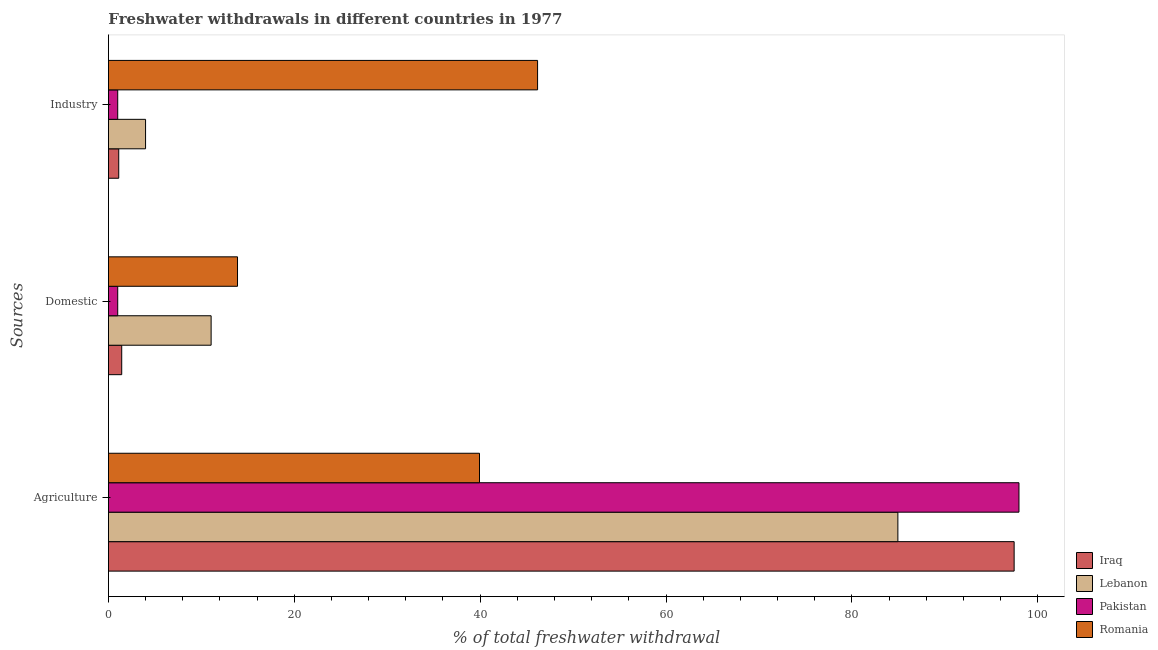
| Sources | Iraq | Lebanon | Pakistan | Romania |
 | --- | --- | --- | --- | --- |
 | Agriculture | 97.5 | 85 | 98 | 39.9 |
 | Domestic | 1.43 | 11.1 | 1 | 13.9 |
 | Industry | 1.11 | 4 | 1 | 46.2 |